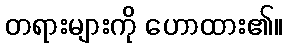
တရားများကို ဟောထား၏။